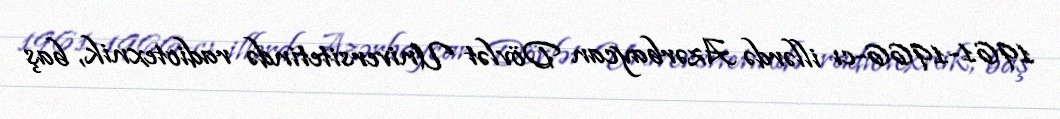
1961-1966-cı illərdə Azərbaycan Dövlət Universitetində radiotexnik, baş